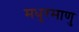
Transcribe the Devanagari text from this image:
मधुरमाणु